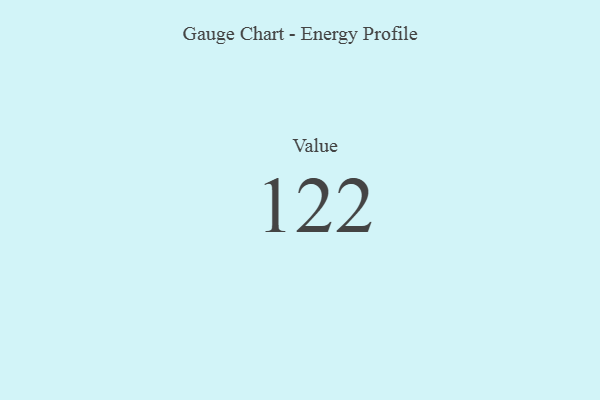
{"axis": {"x": "Metric", "y": "Value"}, "legend": [""], "data": [{"x": "Value", "y": 122, "type": ""}]}